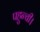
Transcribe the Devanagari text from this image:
पहुन्ची।